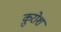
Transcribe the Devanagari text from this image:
क़ुरोश